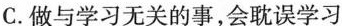
C.做与学习无关的事，会耽误学习